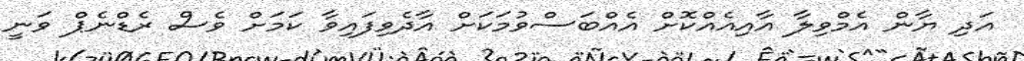
އަދި ޔާން އެމްވިލާ އާއިއެއްކޮށް އެއްބަސްވުމަކަށް އާދެވިފައިވާ ކަމަށް ވެސް ރެޑްނެޕް ވަނީ